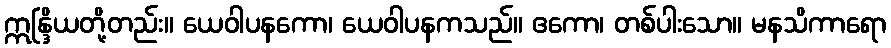
ဣန္ဒြိယတို့တည်း။ ယေဝါပနကော၊ ယေဝါပနကသည်။ ဧကော၊ တစ်ပါးသော။ မနသိကာရော